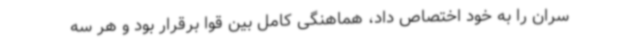
سران را به خود اختصاص داد، هماهنگی کامل بین قوا برقرار بود و هر سه